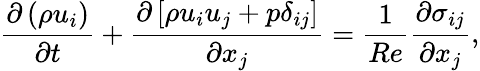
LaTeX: \frac{\partial\left(\rho u_{i}\right)}{\partial t}+\frac{\partial\left[\rho u_{i}u_{j}+p\delta_{ij}\right]}{\partial x_{j}}=\frac{1}{Re}\frac{\partial\sigma_{ij}}{\partial x_{j}},